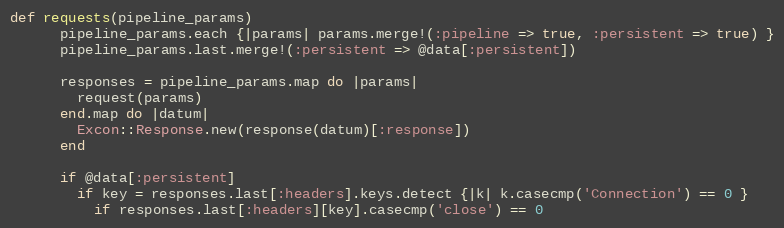
Language: Ruby
def requests(pipeline_params)
      pipeline_params.each {|params| params.merge!(:pipeline => true, :persistent => true) }
      pipeline_params.last.merge!(:persistent => @data[:persistent])

      responses = pipeline_params.map do |params|
        request(params)
      end.map do |datum|
        Excon::Response.new(response(datum)[:response])
      end

      if @data[:persistent]
        if key = responses.last[:headers].keys.detect {|k| k.casecmp('Connection') == 0 }
          if responses.last[:headers][key].casecmp('close') == 0